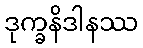
ဒုက္ခနိဒါနဿ